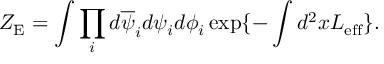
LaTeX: Z _ { \mathrm { E } } = \int \prod _ { i } d \overline { { { \psi } } } _ { i } d \psi _ { i } d \phi _ { i } \exp \{ - \int d ^ { 2 } x { \cal L } _ { \mathrm { e f f } } \} .